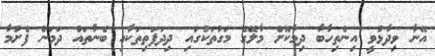
އޭނާ ވިދާޅުވީ އިންތިހާބާ ދިމާކޮށް މާލޭގެ މަގުތަކުގައި ދިދަފަތިތަކާއި ބެނާތައް ދަމަން ފެށުމާ